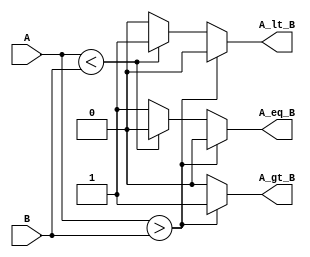
module ParameterizedComparator #(
    parameter WIDTH = 8  // Default width is 8 bits
)(
    input  [WIDTH-1:0] A,  // Input A
    input  [WIDTH-1:0] B,  // Input B
    output reg A_gt_B,      // A greater than B
    output reg A_lt_B,      // A less than B
    output reg A_eq_B       // A equal to B
);

    // Behavioral comparison logic
    always @(*) begin
        // Initialize outputs to false
        A_gt_B = 0;
        A_lt_B = 0;
        A_eq_B = 0;

        // Compare A and B
        if (A > B) begin
            A_gt_B = 1;  // A is greater than B
        end else if (A < B) begin
            A_lt_B = 1;  // A is less than B
        end else begin
            A_eq_B = 1;  // A is equal to B
        end
    end

endmodule